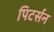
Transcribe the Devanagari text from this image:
पिटर्सन